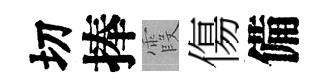
切捧霞傷備